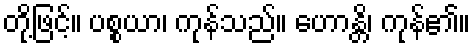
တို့ဖြင့်။ ပစ္စယာ၊ ကုန်သည်။ ဟောန္တိ၊ ကုန်၏။